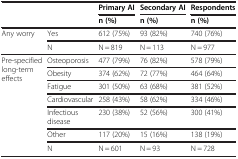
<table><thead><tr><td rowspan="2"><b> </b></td><td rowspan="2"><b> </b></td><td><b>Primary AI</b></td><td><b>Secondary AI</b></td><td><b>Respondents</b></td></tr><tr><td><b>n (%)</b></td><td><b>n (%)</b></td><td><b>n (%)</b></td></tr></thead><tbody><tr><td rowspan="2">Any worry</td><td>Yes</td><td>612 (75%)</td><td>93 (82%)</td><td>740 (76%)</td></tr><tr><td>N</td><td>N = 819</td><td>N = 113</td><td>N = 977</td></tr><tr><td rowspan="7">Pre-specified long-term effects</td><td>Osteoporosis</td><td>477 (79%)</td><td>76 (82%)</td><td>578 (79%)</td></tr><tr><td>Obesity</td><td>374 (62%)</td><td>72 (77%)</td><td>464 (64%)</td></tr><tr><td>Fatigue</td><td>301 (50%)</td><td>63 (68%)</td><td>381 (52%)</td></tr><tr><td>Cardiovascular</td><td>258 (43%)</td><td>58 (62%)</td><td>334 (46%)</td></tr><tr><td>Infectious disease</td><td>230 (38%)</td><td>52 (56%)</td><td>300 (41%)</td></tr><tr><td>Other</td><td>117 (20%)</td><td>15 (16%)</td><td>138 (19%)</td></tr><tr><td>N</td><td>N = 601</td><td>N = 93</td><td>N = 728</td></tr></tbody></table>